Civil Veterinary Department. United Provinces 1923-31 - 1923-1931
Year: 1923
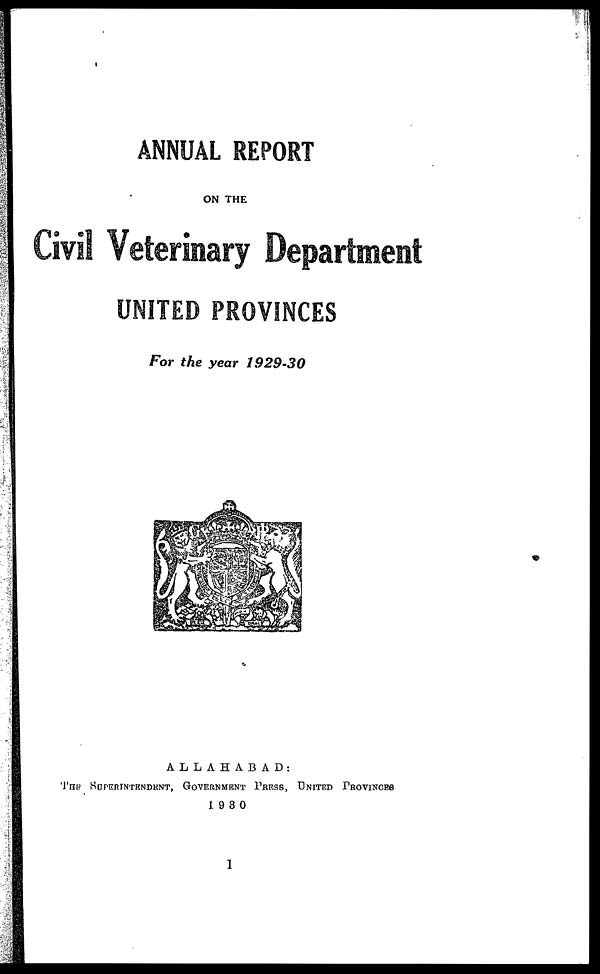
ANNUAL REPORT
ON THE
Civil Veterinary Department
UNITED PROVINCES
For the year 1929-30
ALLAHABAD:
THE SUPERINTENDENT, GOVERNMENT PRESS, UNITED PROVINCES
1930
1